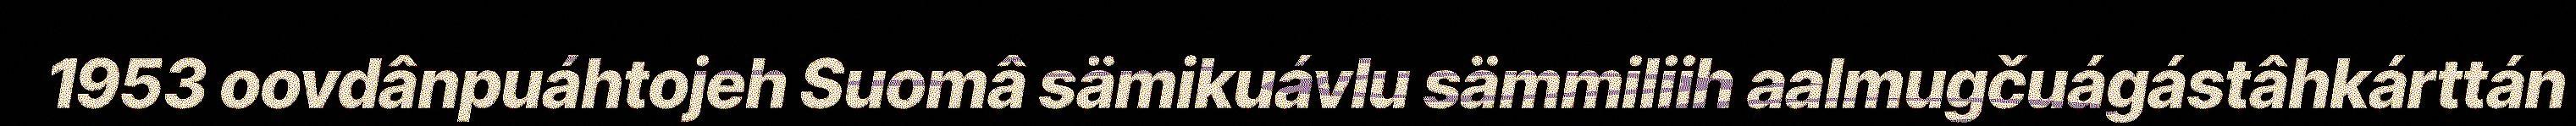
1953 oovdânpuáhtojeh Suomâ sämikuávlu sämmiliih aalmugčuágástâhkárttán